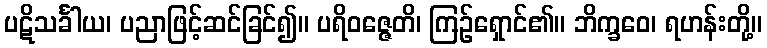
ပဋိသင်္ခါယ၊ ပညာဖြင့်ဆင်ခြင်၍။ ပရိဝဇ္ဇေတိ၊ ကြဉ်ရှောင်၏။ ဘိက္ခဝေ၊ ရဟန်းတို့။